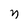
Character: n